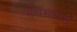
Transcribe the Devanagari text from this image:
मन्त्रभागमे